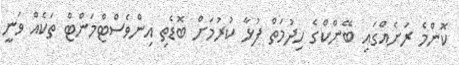
ކޮންމެ ރަށެއްގައި ބޭންކްގެ ހިދުމަތް ފުޅާ ކުރުމަށް ބޮޑެތި އިންވެސްޓްމަންޓް ތަކެއް ވަނީ